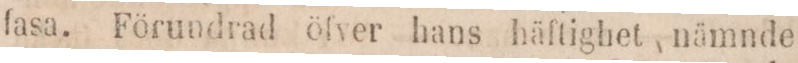
fasa. Förundrad öfver hans häftighet nämnde